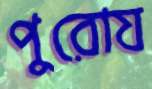
পুরোয